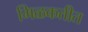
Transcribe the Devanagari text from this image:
मिळकतीत